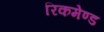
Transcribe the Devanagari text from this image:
रिकमेण्ड